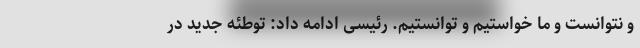
و نتوانست و ما خواستیم و توانستیم. رئیسی ادامه داد: توطئه جدید در